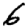
Digit: 6